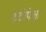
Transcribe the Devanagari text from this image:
रुंदीपेक्षा